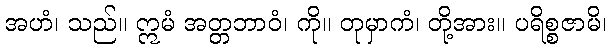
အဟံ၊ သည်။ ဣမံ အတ္တဘာဝံ၊ ကို။ တုမှာကံ၊ တို့အား။ ပရိစ္စဇာမိ၊